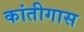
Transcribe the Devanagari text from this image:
कांतीगास